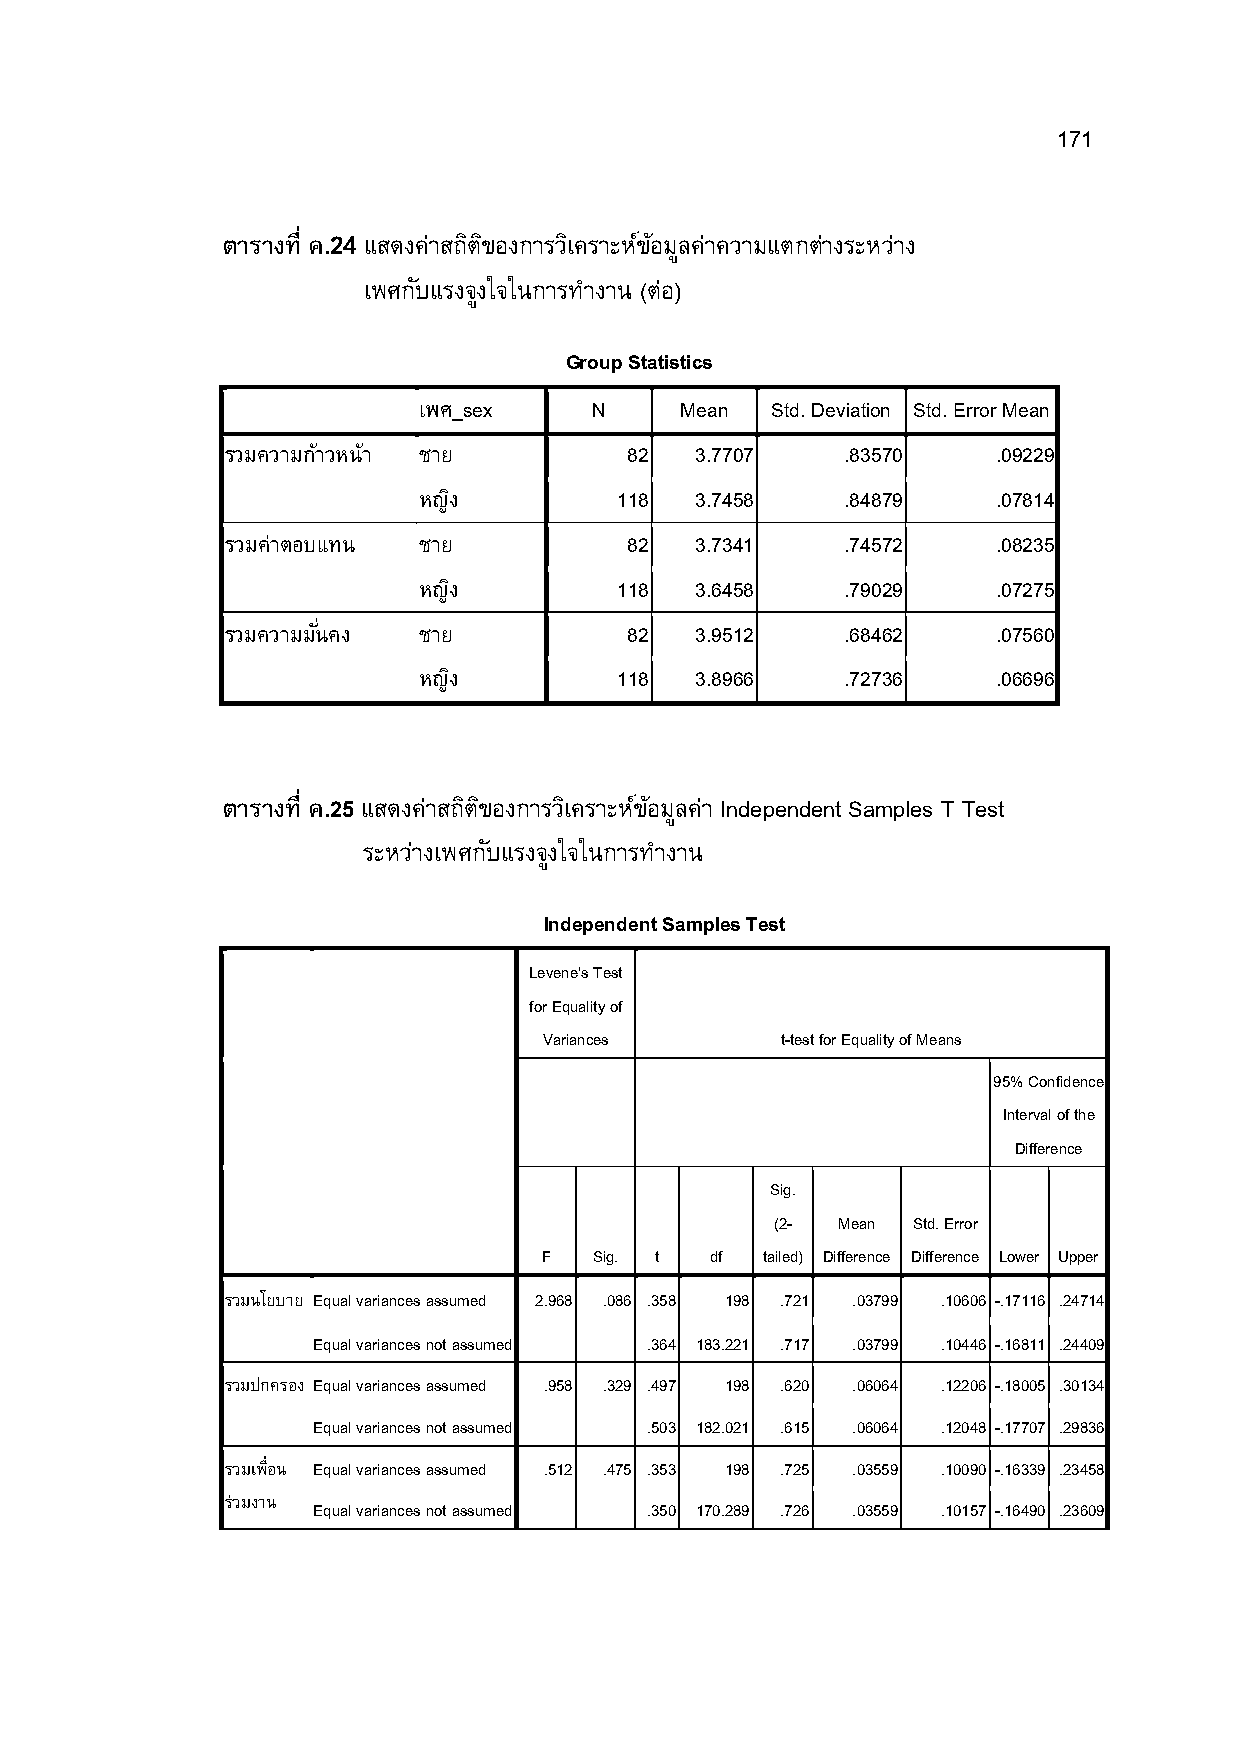
171
 ตารางที ค.24 แสดงค่าสถติ ขิ องการวเิ คราะหข์ อ้ มลู ค่าความแตกต่างระหว่าง
 เพศกบั แรงจงู ใจในการทํางาน (ต่อ)
 Group Statistics
 เพศ_sex    N     Mean  Std. Deviation Std. Error Mean
 รวมความกา้ วหน้า ชาย       82  3.7707    .83570    .09229
 หญงิ         118  3.7458    .84879    .07814
 รวมค่าตอบแทน ชาย           82  3.7341    .74572    .08235
 หญงิ         118  3.6458    .79029    .07275
 รวมความมนัM คง ชาย         82  3.9512    .68462    .07560
 หญงิ         118  3.8966    .72736    .06696
 ตารางที ค.25 แสดงค่าสถติ ขิ องการวเิ คราะหข์ อ้ มลู ค่า Independent Samples T Test
 ระหว่างเพศกบั แรงจงู ใจในการทํางาน
 Independent Samples Test
 Levene's Test
 for Equality of
 Variances       t-test for Equality of Means
 95% Confidence
 Interval of the
 Difference
 Sig.
 (2- Mean Std. Error
 F  Sig. t  df tailed) Difference Difference Lower Upper
 รวมนโยบาย Equal variances assumed 2.968 .086 .358 198 .721 .03799 .10606 -.17116 .24714
 Equal variances not assumed .364 183.221 .717 .03799 .10446 -.16811 .24409
 รวมปกครอง Equal variances assumed .958 .329 .497 198 .620 .06064 .12206 -.18005 .30134
 Equal variances not assumed .503 182.021 .615 .06064 .12048 -.17707 .29836
 รวมเพMอื น Equal variances assumed .512 .475 .353 198 .725 .03559 .10090 -.16339 .23458
 รว่ มงาน
 Equal variances not assumed .350 170.289 .726 .03559 .10157 -.16490 .23609